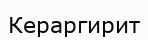
Кераргирит